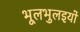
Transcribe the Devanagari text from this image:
भूलभुलइयों